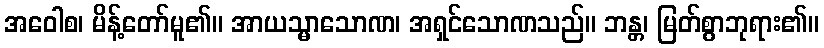
အဝေါစ၊ မိန့်တော်မူ၏။ အာယသ္မာသောဏ၊ အရှင်သောဏသည်။ ဘန္တ၊ မြတ်စွာဘုရား၏။